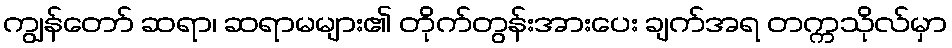
ကျွန်တော် ဆရာ၊ ဆရာမများ၏ တိုက်တွန်းအားပေး ချက်အရ တက္ကသိုလ်မှာ